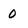
Character: 0